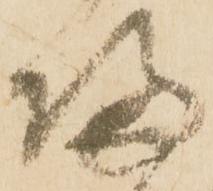
帰